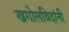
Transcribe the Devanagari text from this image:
खगोलविदांनी